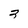
Character: 3